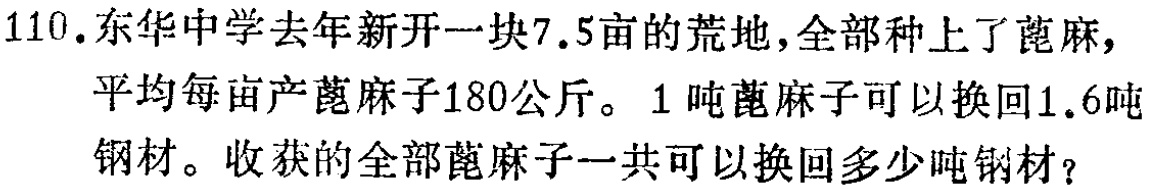
110.东华中学去年新开一块7.5亩的荒地，全部种上了蓖麻，平均每亩产蓖麻子180公斤。1吨蓖麻子可以换回1.6吨钢材。收获的全部蓖麻子一共可以换回多少吨钢材？